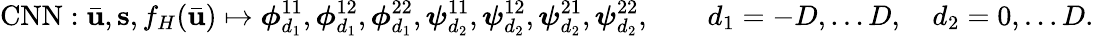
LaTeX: \mathrm{CNN}:\bar{\mathbf{u}},\mathbf{s},f_{H}(\bar{\mathbf{u}})\mapsto\boldsymbol{\phi}_{d_{1}}^{11},\boldsymbol{\phi}_{d_{1}}^{12},\boldsymbol{\phi}_{d_{1}}^{22},\boldsymbol{\psi}_{d_{2}}^{11},\boldsymbol{\psi}_{d_{2}}^{12},\boldsymbol{\psi}_{d_{2}}^{21},\boldsymbol{\psi}_{d_{2}}^{22},\qquad d_{1}=-D,\ldots D,\quad d_{2}=0,\ldots D.